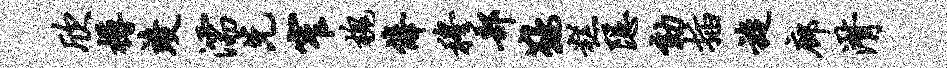
欣樽竣濡先窄槐俸穆部鞍糕隐劾插旋廊潸